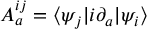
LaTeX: A _ { a } ^ { i j } = \langle \psi _ { j } | i \partial _ { a } | \psi _ { i } \rangle